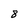
Character: 8